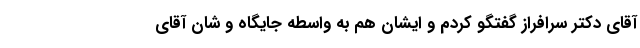
آقای دکتر سرافراز گفتگو کردم و ایشان هم به واسطه جایگاه و شان آقای